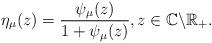
LaTeX: \begin{align*}\eta_{\mu}(z)=\frac{\psi_{\mu}(z)}{1+\psi_{\mu}(z)},z\in\mathbb{C}\backslash\mathbb{R}_{+}.\end{align*}